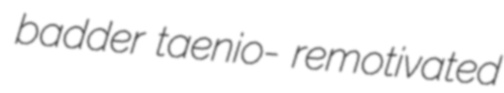
badder taenio- remotivated